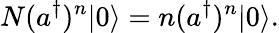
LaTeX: N(a^{\dagger})^{n}|0\rangle=n(a^{\dagger})^{n}|0\rangle.